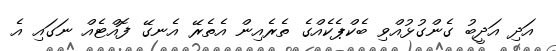
އަދި އަދީބު ގެންގުޅުއްވި ބެކްޕެކެއްގެ ތެެރެއިން އެތެރޭ އެނގޭ ފޮއްޓެއް ނަގައި އެ